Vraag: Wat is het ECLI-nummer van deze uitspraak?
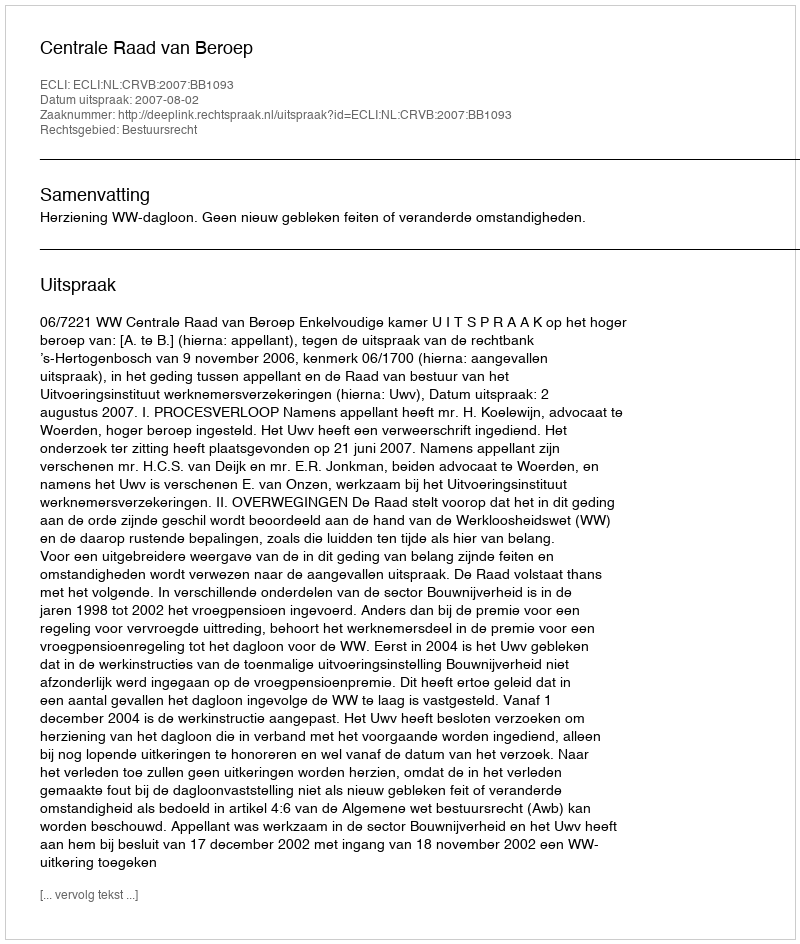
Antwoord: ECLI:NL:CRVB:2007:BB1093